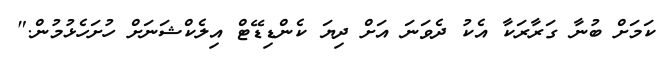
ކަމަށް ބުނާ ގަރާރަކާ އެކު ދެވަނަ އަށް ދިޔަ ކެންޑިޑޭޓް އިލެކްޝަނަށް ހުށަހެޅުމުން."